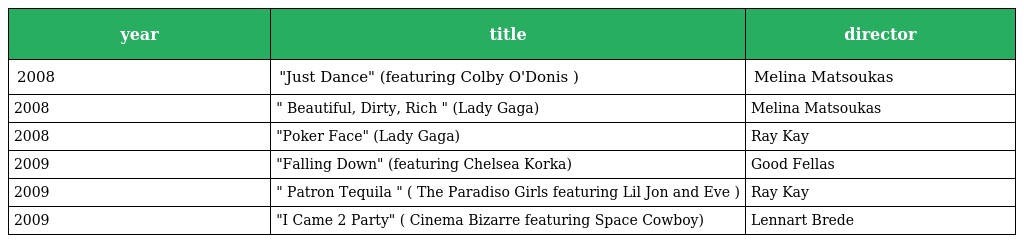
| year | title | director |
 | --- | --- | --- |
 | 2008 | "Just Dance" (featuring Colby O'Donis ) | Melina Matsoukas |
 | 2008 | " Beautiful, Dirty, Rich " (Lady Gaga) | Melina Matsoukas |
 | 2008 | "Poker Face" (Lady Gaga) | Ray Kay |
 | 2009 | "Falling Down" (featuring Chelsea Korka) | Good Fellas |
 | 2009 | " Patron Tequila " ( The Paradiso Girls featuring Lil Jon and Eve ) | Ray Kay |
 | 2009 | "I Came 2 Party" ( Cinema Bizarre featuring Space Cowboy) | Lennart Brede |